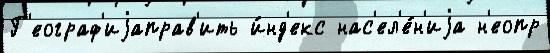
Г'еограф'иjаправ'ить и́нд'екс нас'ел'е́н'иjа н'еопр